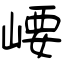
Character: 崾